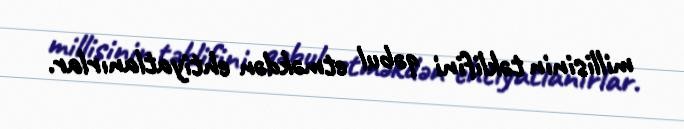
millisinin təklifini qəbul etməkdən ehtiyatlanırlar.